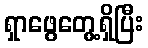
ရှာဖွေတွေ့ရှိပြီး